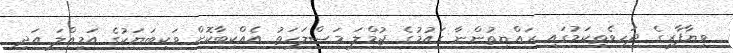
ވިޔާފާރީގެ ދަހިވެތިކަމުގައި ރައްޔިތުންނާ ގައުމުގެ ޖުމްލަ މަޞްލަހަތު އެއްކިބާކޮށް ވަކިބަޔަކުގެ އަމިއްލަ އަދި